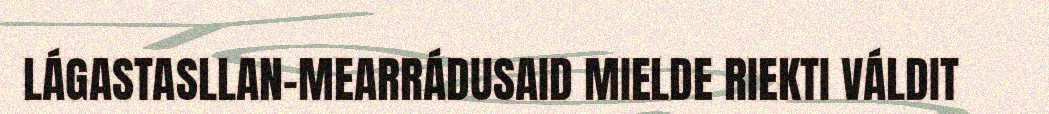
LÁGASTASLLAN-MEARRÁDUSAID MIELDE RIEKTI VÁLDIT